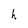
Character: h